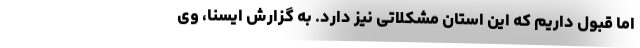
اما قبول داریم که این استان مشکلاتی نیز دارد. به گزارش ایسنا، وی